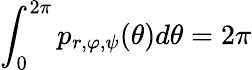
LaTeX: \int_{0}^{2\pi}p_{r,\varphi,\psi}(\theta)d\theta=2\pi